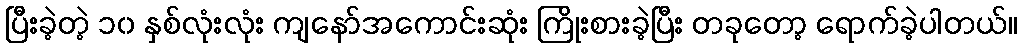
ပြီးခဲ့တဲ့ ၁၀ နှစ်လုံးလုံး ကျနော်အကောင်းဆုံး ကြိုးစားခဲ့ပြီး တခုတော့ ရောက်ခဲ့ပါတယ်။